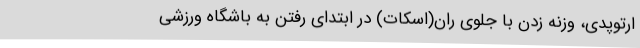
ارتوپدی، وزنه زدن با جلوی ران(اسکات) در ابتدای رفتن به باشگاه ورزشی